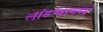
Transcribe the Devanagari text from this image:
लांडग्यामध्ये